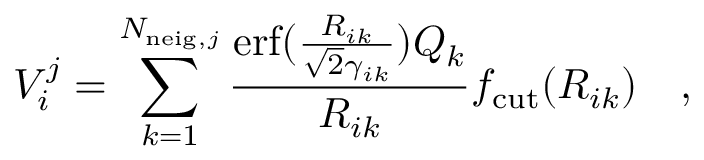
V _ { i } ^ { j } = \sum _ { k = 1 } ^ { N _ { \mathrm { n e i g } , j } } \frac { \mathrm { e r f } ( \frac { R _ { i k } } { \sqrt { 2 } \gamma _ { i k } } ) Q _ { k } } { R _ { i k } } f _ { \mathrm { c u t } } ( R _ { i k } ) \quad ,